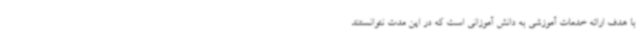
با هدف ارائه خدمات آموزشی به دانش آموزانی است که در این مدت نتوانستند